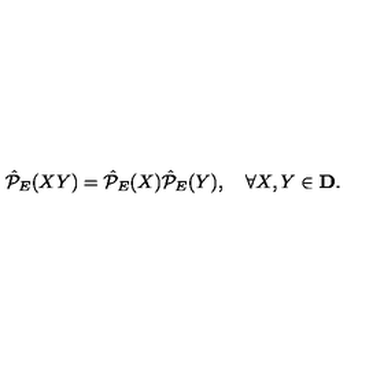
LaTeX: \hat { \cal P } _ { E } ( X Y ) = \hat { \cal P } _ { E } ( X ) \hat { \cal P } _ { E } ( Y ) , \quad \forall X , Y \in { \bf D } .